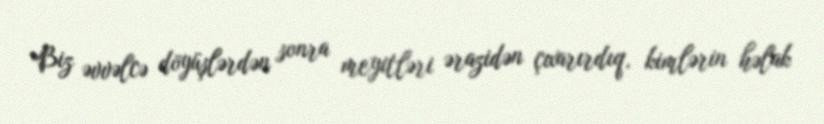
Biz əvvəlcə döyüşlərdən sonra meyitləri ərazidən çıxarırdıq, kimlərin həlak